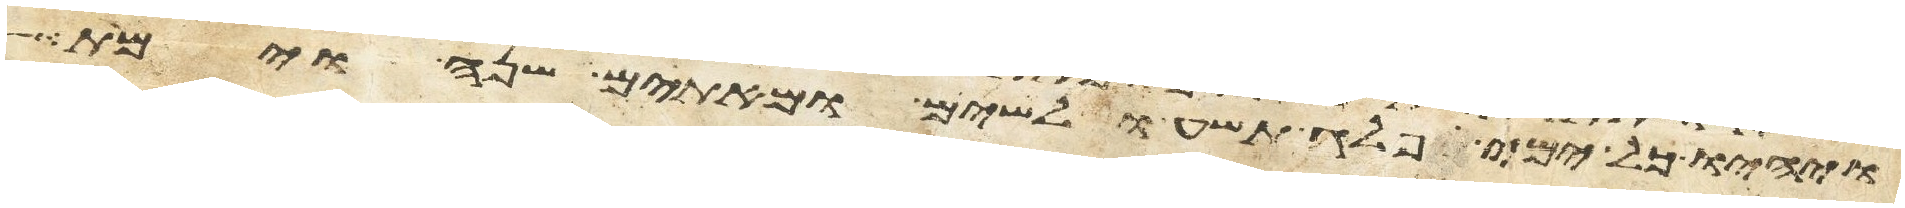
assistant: ויהיו כל ימי פלג תשע ושלשים ומאתים שנה וימת